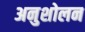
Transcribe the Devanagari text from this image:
अनुशोलन